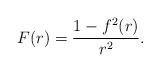
LaTeX: \begin{align*}F(r)=\frac{1-f^{2}(r)}{r^{2}}. \end{align*}